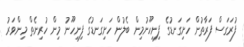
ފުރަގަސް ފަރާތުން ހަށިގަނޑުގެ ފިނިހޫނުމިން ބެލުން ހަށިގަނޑުގެ ފިނިހޫނު މިން ހުރިނެތް މިންވަރު